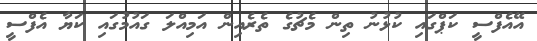
އޭއެފްސީ ކަޕްގައި ކުޅުނު ތިން މެޗުގެ ތެރެއިން އަމިއްލަ ގައުމުގައި ކަޔާ އެފްސީ